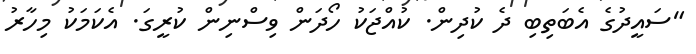
"ސައީދުގެ އެބަތިބި ދެ ކުދިން. ކުއްޖަކު ހޯދަން ވިސްނިން ކުރީގަ. އެކަމަކު މިހާރު